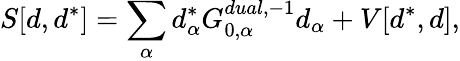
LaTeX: S[d,d^{*}]=\sum_{\alpha}d_{\alpha}^{*}G_{0,\alpha}^{dual,-1}d_{\alpha}+V[d^{*},d],